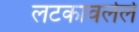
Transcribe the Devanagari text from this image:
लटकावलेले